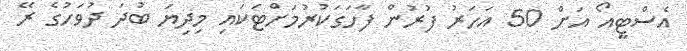
އެސްޓީއޯ އަށް 50 އަހަރު ފުރުން ފާހަގަކުރުމަށްޓަކައި މިދިޔަ ބުދަ ދުވަހުގެ ރޭ